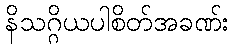
နိသဂ္ဂိယပါစိတ်အခဏ်း